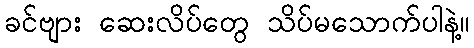
ခင်ဗျား ဆေးလိပ်တွေ သိပ်မသောက်ပါနဲ့။